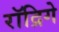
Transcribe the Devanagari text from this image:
रॉद्रिगे